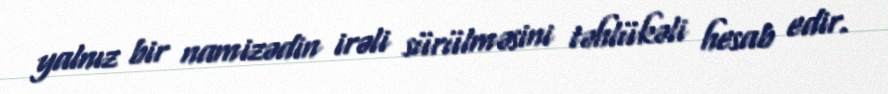
yalnız bir namizədin irəli sürülməsini təhlükəli hesab edir.